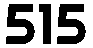
515